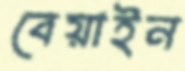
বেয়াইন